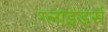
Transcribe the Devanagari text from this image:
ग्लाइडर्स